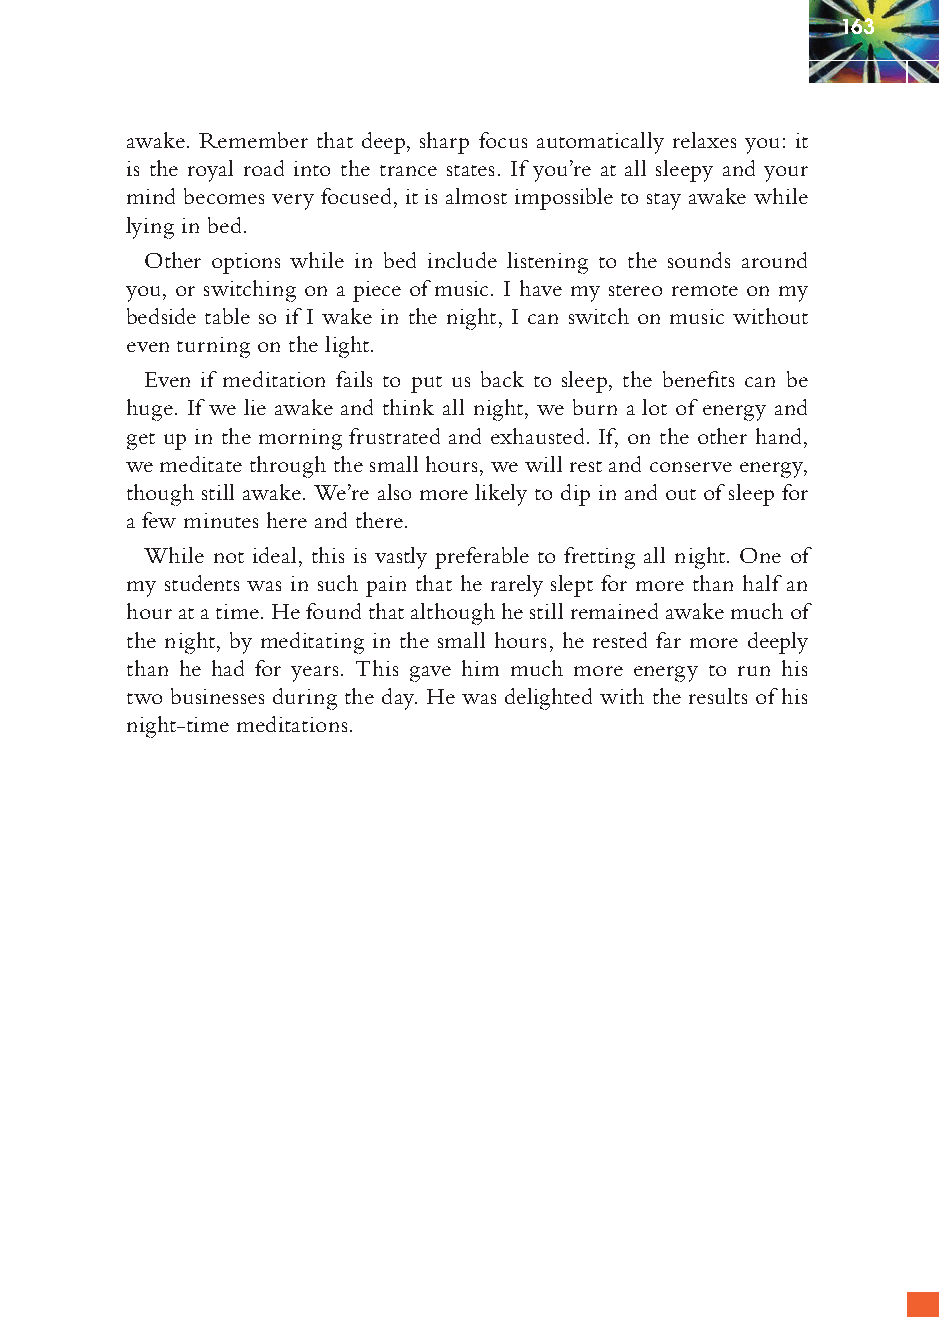
163
 awake. Remember that deep, sharp focus automatically relaxes you: it
 is the royal road into the trance states. If you’re at all sleepy and your
 mind becomes very focused, it is almost impossible to stay awake while
 lying in bed.
 Other options while in bed include listening to the sounds around
 you, or switching on a piece of music. I have my stereo remote on my
 bedside table so if I wake in the night, I can switch on music without
 even turning on the light.
 Even if meditation fails to put us back to sleep, the benefi ts can be
 huge. If we lie awake and think all night, we burn a lot of energy and
 get up in the morning frustrated and exhausted. If, on the other hand,
 we meditate through the small hours, we will rest and conserve energy,
 though still awake. We’re also more likely to dip in and out of sleep for
 a few minutes here and there.
 While not ideal, this is vastly preferable to fretting all night. One of
 my students was in such pain that he rarely slept for more than half an
 hour at a time. He found that although he still remained awake much of
 the night, by meditating in the small hours, he rested far more deeply
 than he had for years. This gave him much more energy to run his
 two businesses during the day. He was delighted with the results of his
 night-time meditations.
 ffiivvee__220000667788..iinndddd SSeecc11::116677   3300//55//0055 55::0066::1166 PPMM